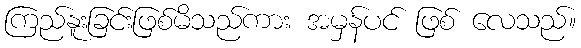
ကြည်နူးခြင်းဖြစ်မိသည်ကား အမှန်ပင် ဖြစ် လေသည်။